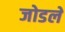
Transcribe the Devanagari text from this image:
जोडलें